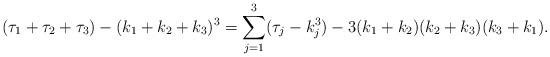
LaTeX: \begin{align*}(\tau_1+\tau_2+\tau_3)-(k_1+k_2+k_3)^3=\sum_{j=1}^3 (\tau_j-k_j^3) - 3(k_1+k_2)(k_2+k_3)(k_3+k_1).\end{align*}